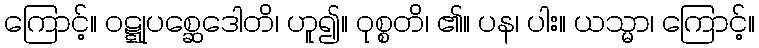
ကြောင့်။ ဝဋ္ဋုပစ္ဆေဒေါတိ၊ ဟူ၍။ ဝုစ္စတိ၊ ၏။ ပန၊ ပါး။ ယသ္မာ၊ ကြောင့်။